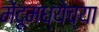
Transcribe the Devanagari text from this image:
मेंदूमध्येच्या